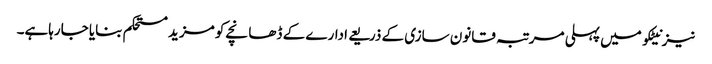
نیز نیٹکو میں پہلی مرتبہ قانون سازی کے ذریعے ادارے کے ڈھانچے کو مزید مستحکم بنایا جارہاہے۔